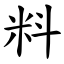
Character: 料